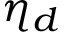
\eta _ { d }